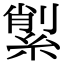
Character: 𦂗